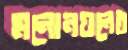
মনোনয়নের